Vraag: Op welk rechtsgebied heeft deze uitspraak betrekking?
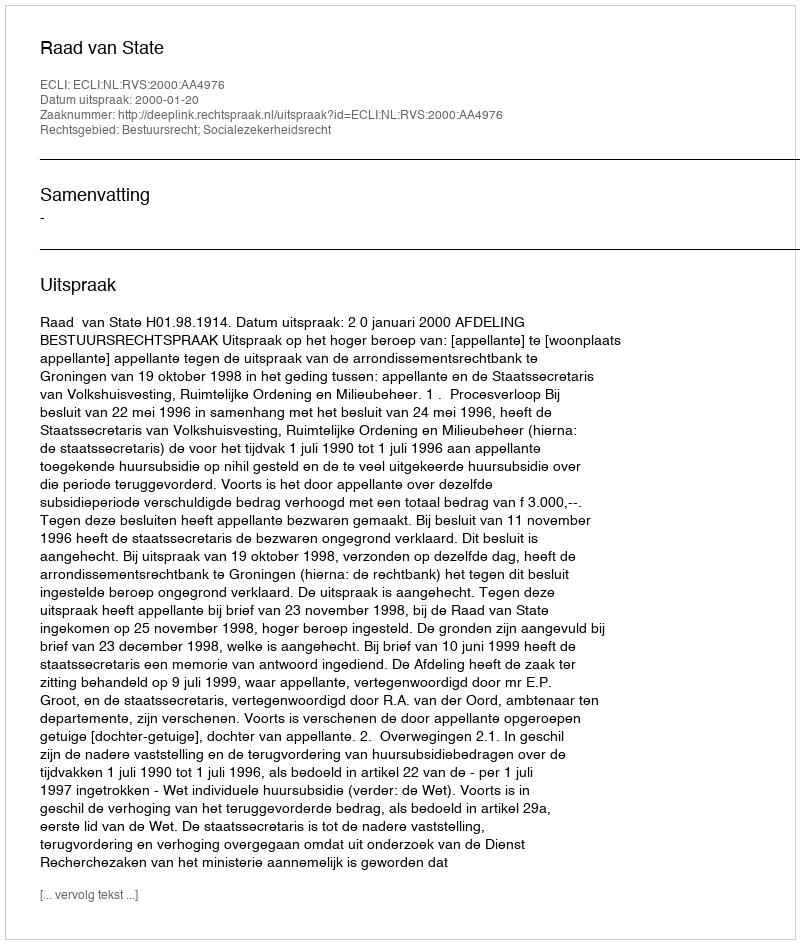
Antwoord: Bestuursrecht; Socialezekerheidsrecht